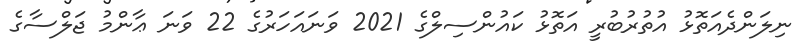
ނިލަންދެއަތޮޅު އުތުރުބުރީ އަތޮޅު ކައުންސިލްގެ 2021 ވަނައަހަރުގެ 22 ވަނަ ޢާންމު ޖަލްސާގެ